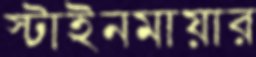
স্টাইনমায়ার